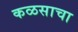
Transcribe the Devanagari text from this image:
कळसाचा